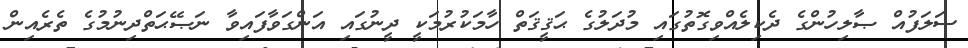
ސަލަފުއް ޞާލިހުންގެ ދެކިލެއްވިގޮތުގައި މުދަލުގެ ޙަޤީޤަތް ހާމަކުރުމަކީ ދީނުގައި އަންގަވާފައިވާ ނަޞޭޙަތްދިނުމުގެ ތެރެއިން